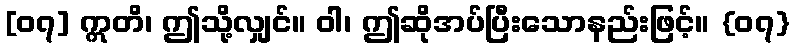
[၀၇] ဣတိ၊ ဤသို့လျှင်။ ဝါ၊ ဤဆိုအပ်ပြီးသောနည်းဖြင့်။ {၀၇}